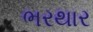
ભરથાર